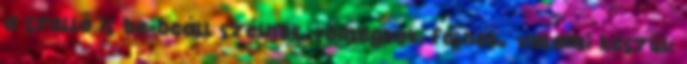
a szellő is be-beáll szélnek, remegnek, félnek. valami készül: